Vaccination in Bombay 1913-1923 - 1913-1923
Year: 1913
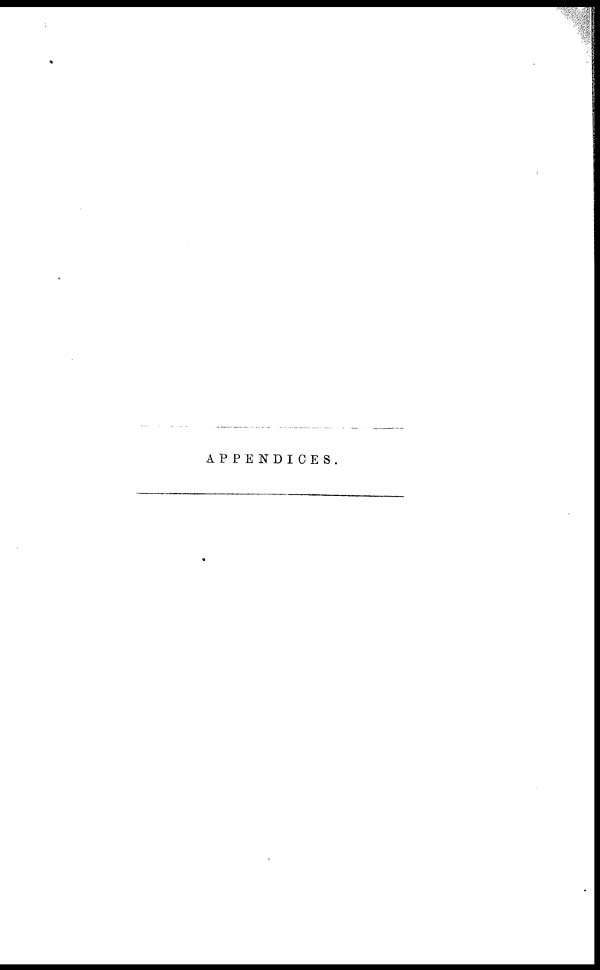
APPENDICES.